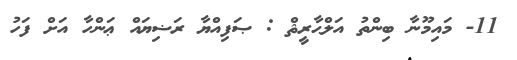
11- މައިމޫނާ ބިންތު އަލްޙާރީޘް : ޞަފިއްޔާ ރަޟިޔައް ޢަންހާ އަށް ފަހު